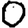
Digit: 0